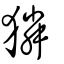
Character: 獜